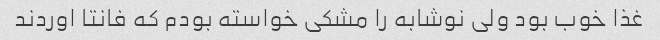
غذا خوب بود ولی نوشابه را مشکی خواسته بودم که فانتا اوردند